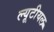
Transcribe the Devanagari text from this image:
ल्यूटीयल